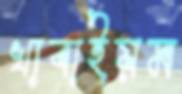
খাবাইয়ম